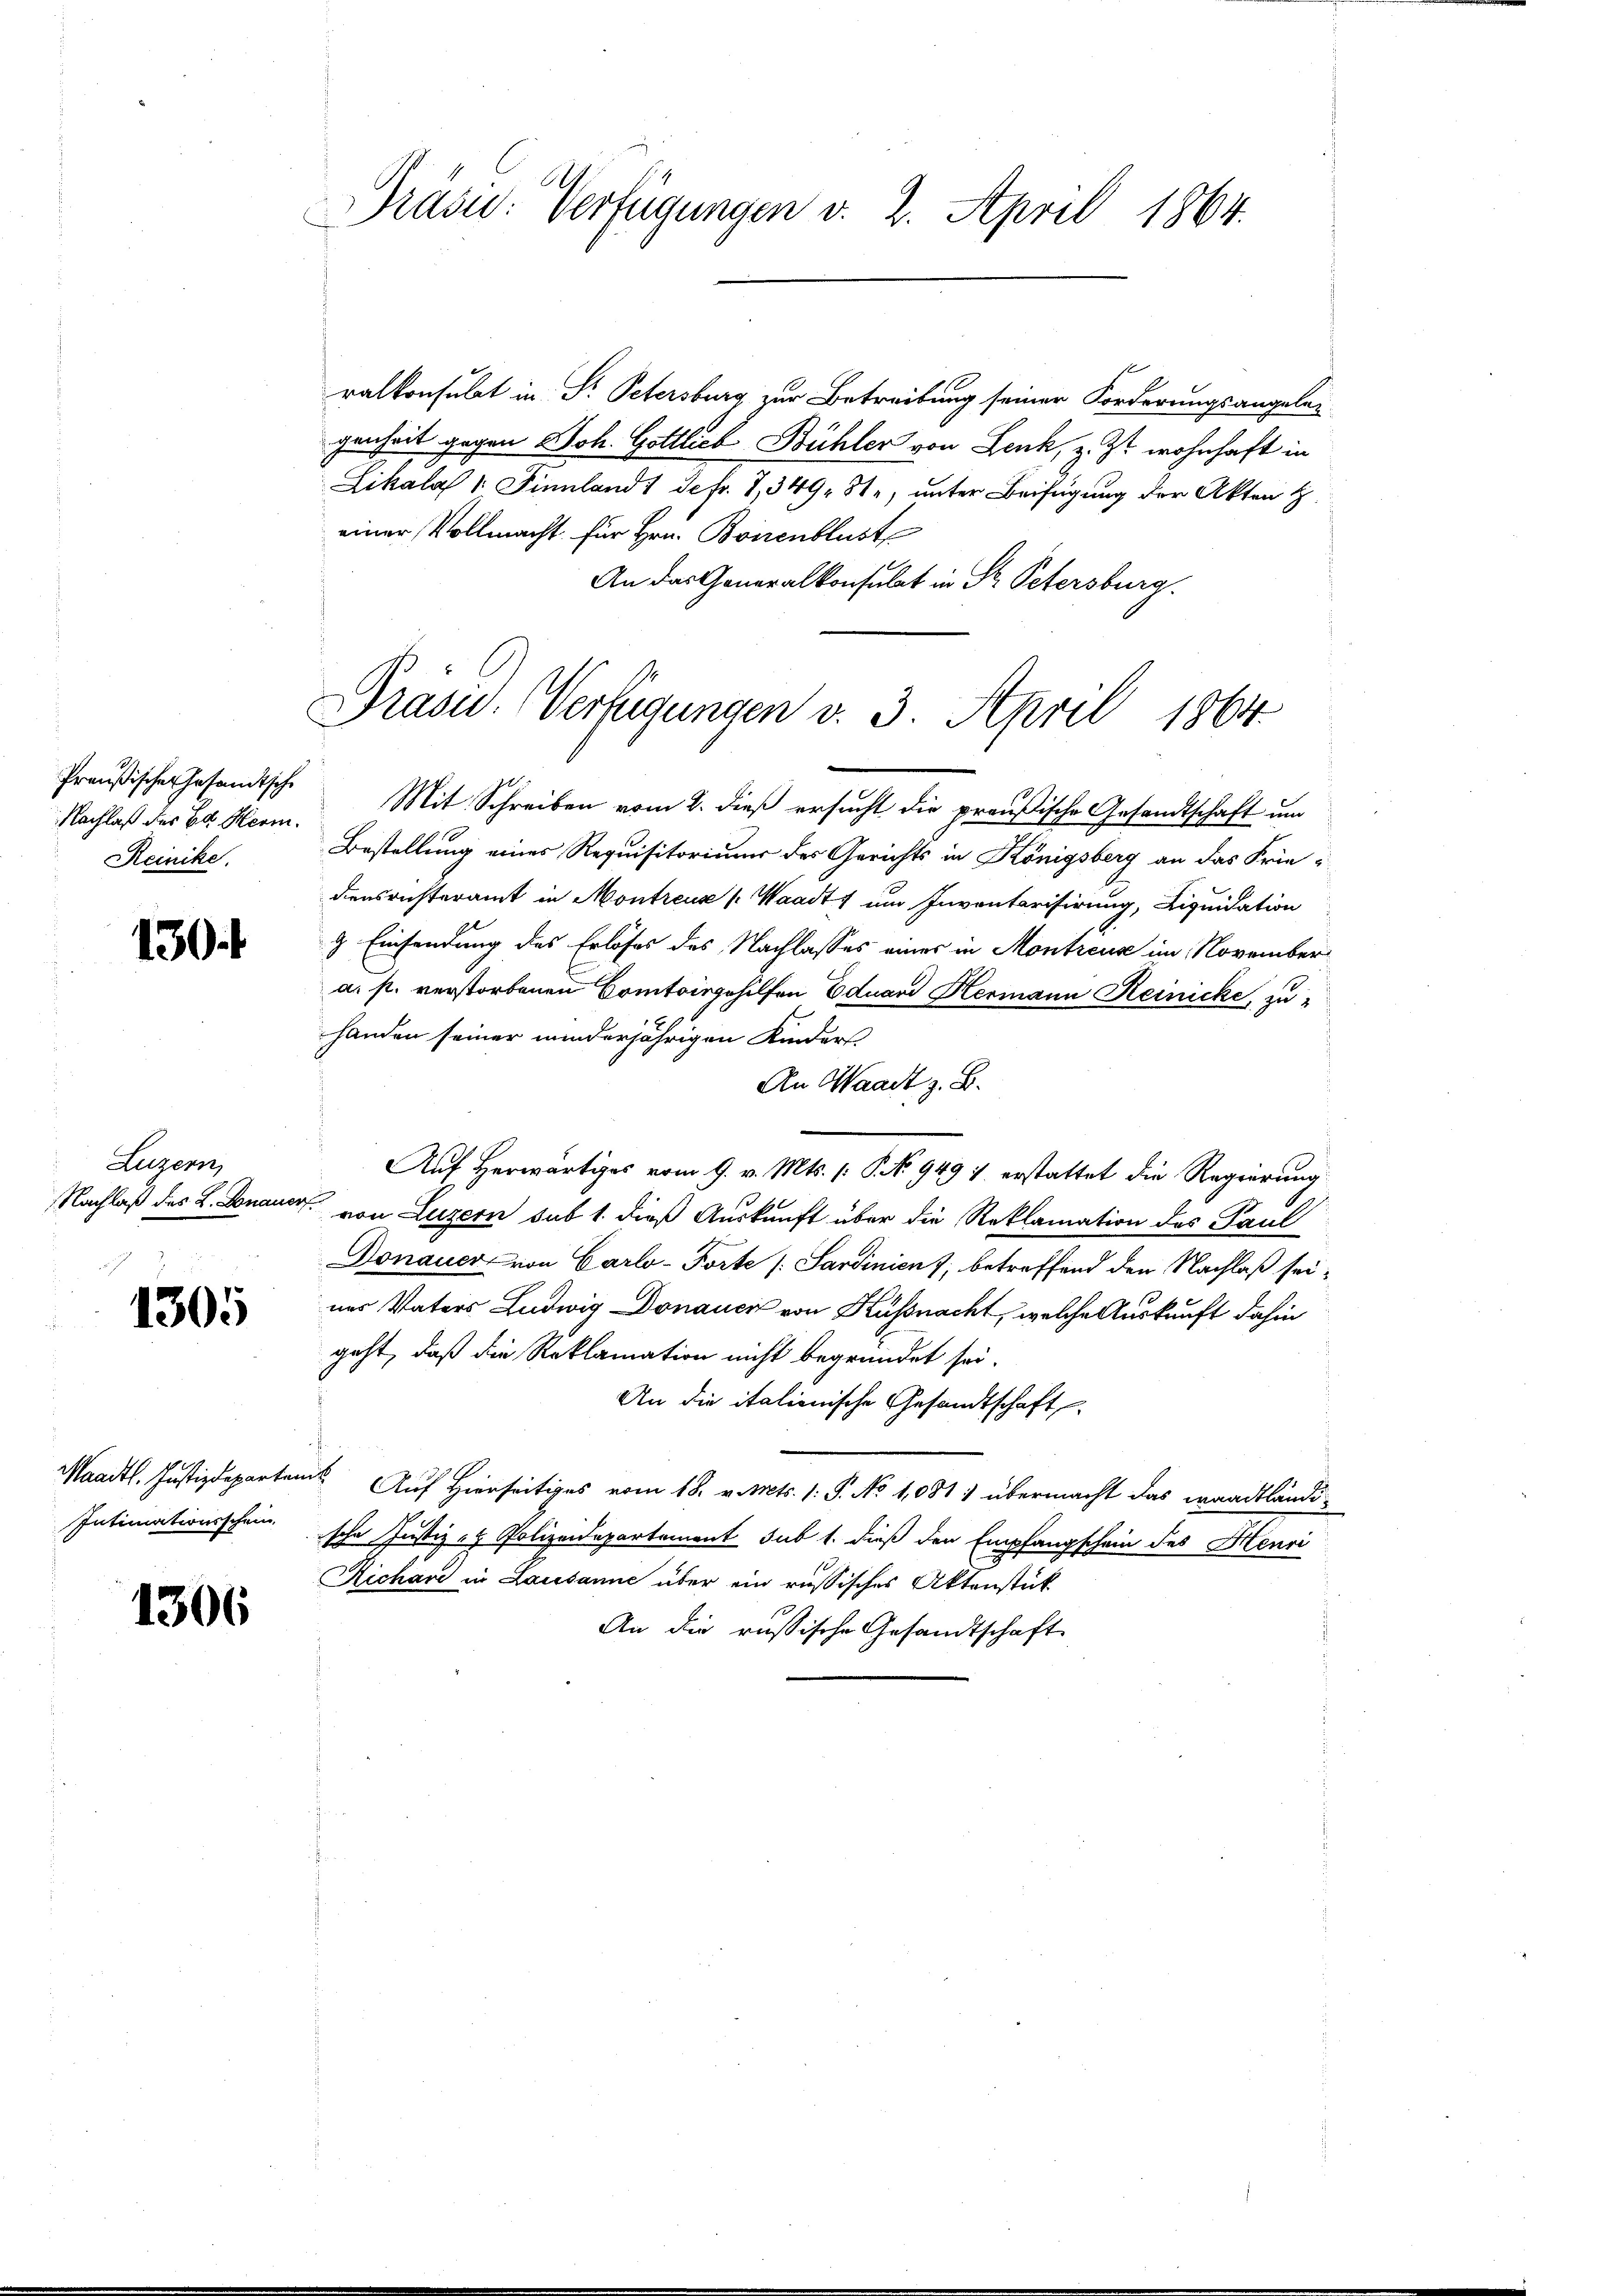
Preußischer Gesandtsche
Reinike.

130.

Augern,

1305

1306

Präsid. Verfügungen v. 2. April 1864.

ralkonsulat in S. Petersburg zur Betreibung seiner Forderungsangeleg
genheit gegen Joh. Gottlich Bühler von Lenk, z. Zt. wohnhaft in
Likala 1. Finnland 1 Sefr. 7, 349, Ste, unter Beifügung der Akten H
einer Vollmacht für Hrn. Boisenblust
An das Generalkonsulat in St. Petersburg.
Nachlaß der B. Herm. Mit Schreiben vom 2. dieß ersucht die preußische Gesandtschaft um
Bestellung eines Requisitorium des Gerichts in Königsberg an das Friedensrichteramt in Montreuse (Waadt, um Inventarisirung, Liquidation
9 Einsendung des Erlöses des Nachlasses einer in Montreuse im November
a. f. verstorbenen Comtoirgehilfen Eduard Hermann Reinicke, zu
handen seiner minderjährigen Kinders
An Waadt z. B.
Auf Herwärtiges vom 9. v. Mts. (: P. Nr. 949 1 erstattet die Regierung
Nachlaß des L. Donauer von Luzern sub 1. dieß Auskunft über die Reklamation des Paul
Donauer von Carlo-Torte / Sardinien 7, betreffend den Nachlaß seiner Vaters Ludwig Donauci von Küssnacht, welche Auskunft dahin
geht, daß die Reklamation nicht begründet sei.
An die italienische Gesandtschaft
Maadtl. Justizdeparten Auf Hierseitiges vom 18. v. Mts. 1. P. No 1,081) übermacht das waadtländi-
Intimationsscheinsche Justiz- & Polizeidepartement sub 1. dieß den Empfangschein des Henri
Richard in Lausanne über ein russisches Aktenstück
An die russische Gesandtschaft

Präsid. Verfügungen v. 3. April 1864.